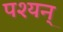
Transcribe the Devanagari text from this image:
पश्यन्